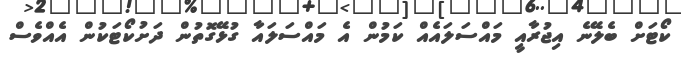
ކޯޓަށް ބެލޭނެ އިޖުރާއީ މައްސަލައެއް ކަމުން އެ މައްސަލައާ ގުޅޭގޮތުން ދަށުކޯޓަކުން އެއްވެސް